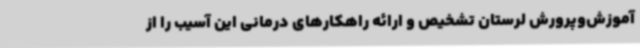
آموزش‌وپرورش لرستان تشخیص و ارائه راهکارهای درمانی این آسیب را از